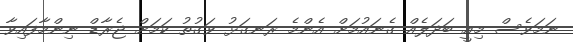
ނަމަވެސް މިއީ ބަދަލެއް ގެނައުމަށް އެންމެ ރަނގަޅު ވަގުތު ކަމަށް ޖެރާޑް ނިންމާފައިވާ